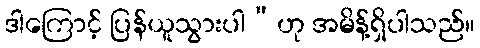
ဒါကြောင့် ပြန်ယူသွားပါ”ဟု အမိန့်ရှိပါသည်။